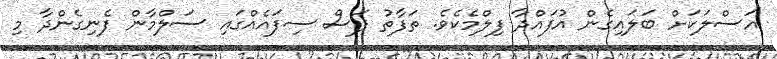
އަސްލަކަށް ބަލައިގެން އުފައްދާ ފިލްމެކެވެ. ތަފާތު ފަސް ސިފައެއްގައި ސަލްމާން ފެނިގެންދާ މި